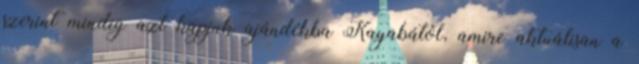
szerint mindig azt kapjuk ajándékba Kayabától, amire aktuálisan a